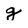
Character: g